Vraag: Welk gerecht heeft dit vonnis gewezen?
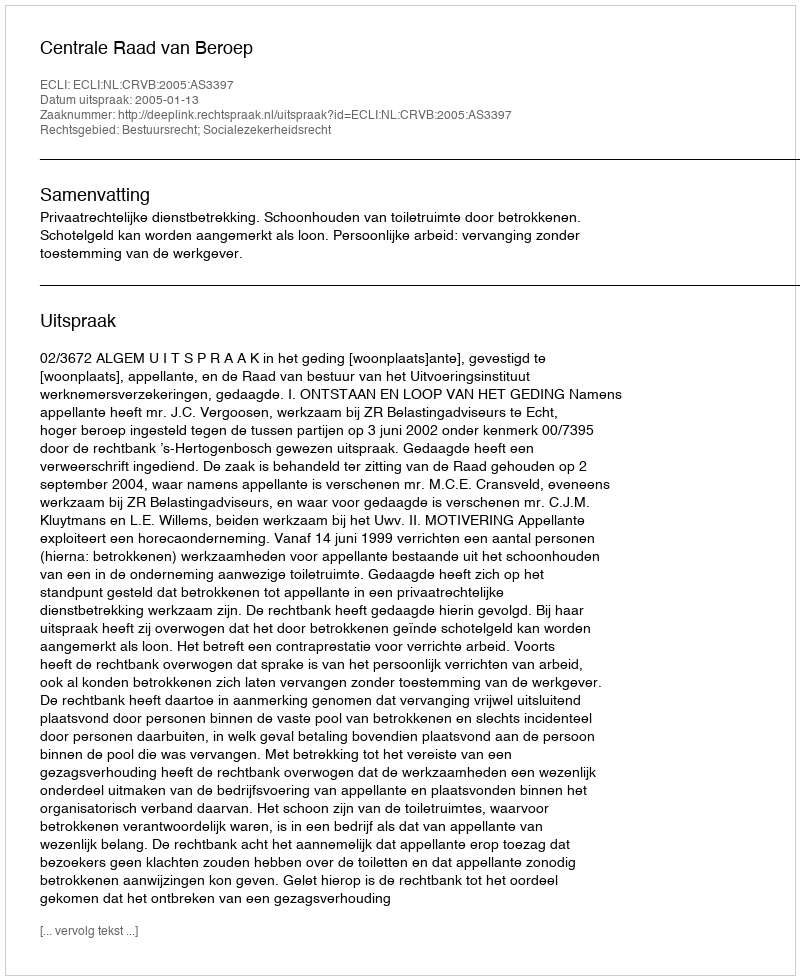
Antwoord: Centrale Raad van Beroep